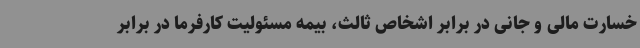
خسارت مالی و جانی در برابر اشخاص ثالث، بیمه مسئولیت کارفرما در برابر